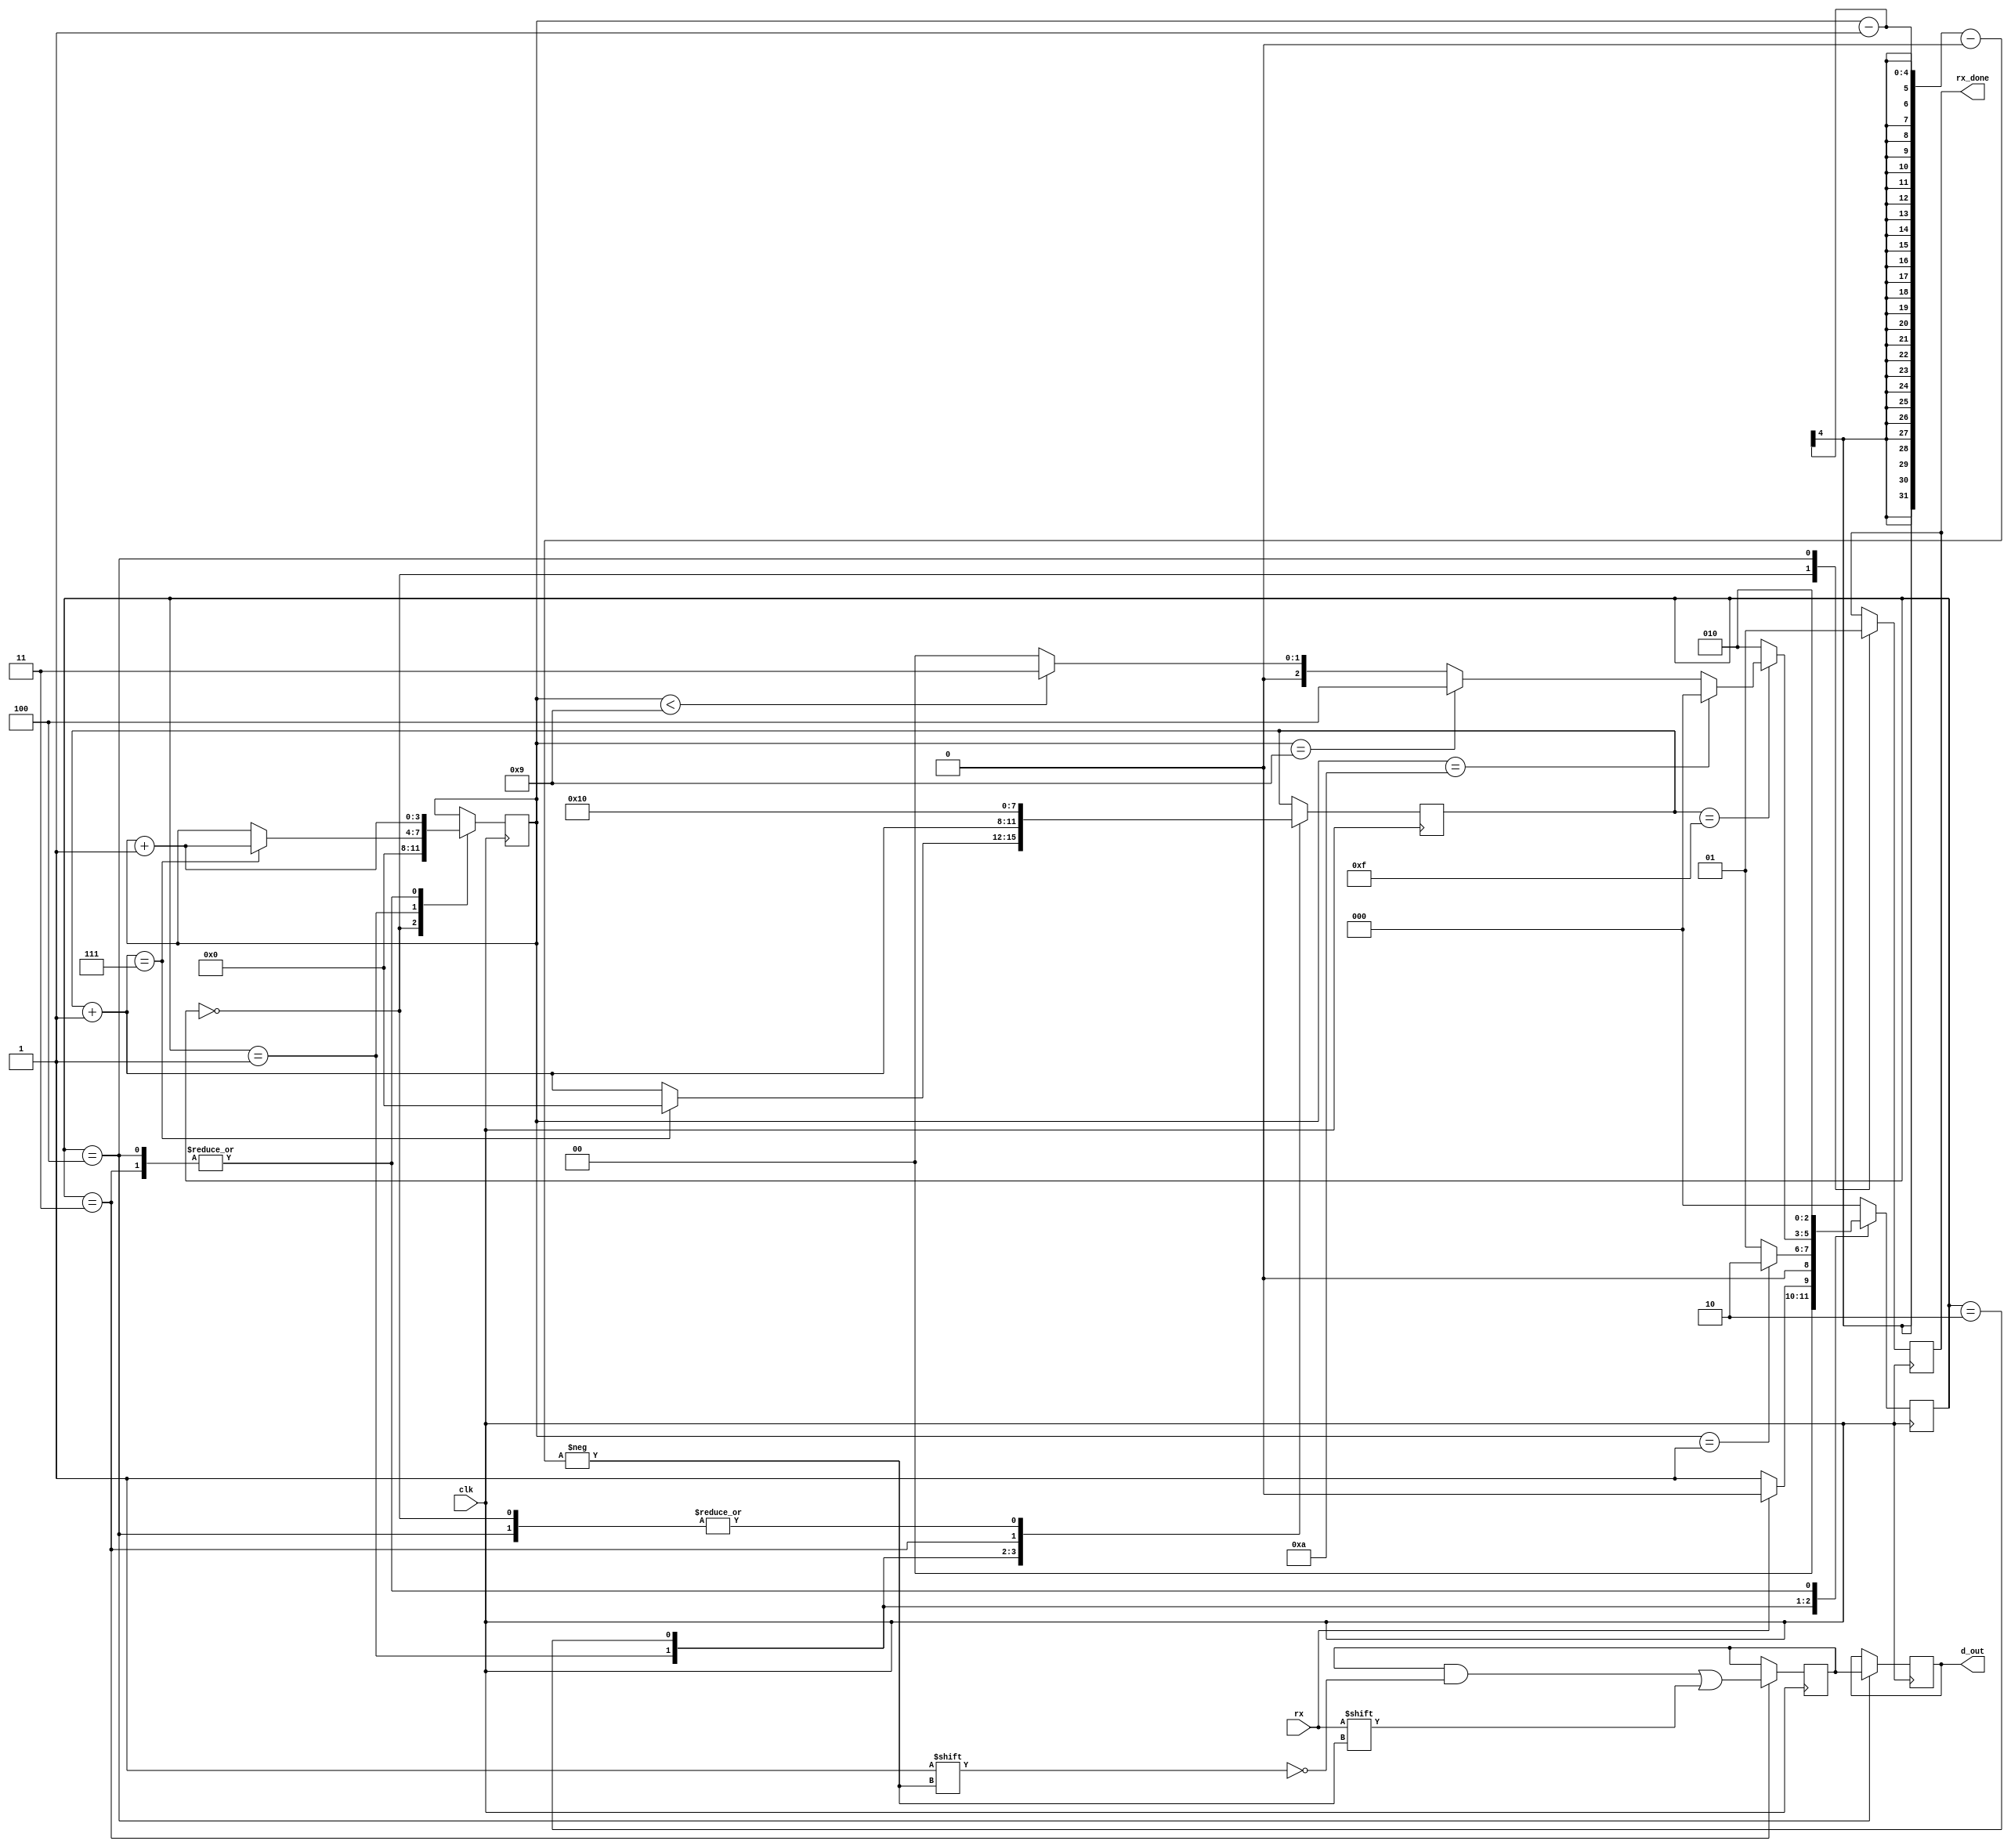
`timescale 1ns / 1ps
//////////////////////////////////////////////////////////////////////////////////
// Company: 
// Engineer: 
// 
// Design Name: 
// Module Name:    UART_RX 
// Project Name: 
// Target Devices: 
// Tool versions: 
// Description: 
//
// Dependencies: 
//
// Revision: 
// Revision 0.01 - File Created
// Additional Comments: 
//
//////////////////////////////////////////////////////////////////////////////////
module UART_RX(
		input wire rx,
		input wire clk,
		output reg [7:0]d_out,
		output reg rx_done
);
		
//Estados
localparam [2:0] IDLE = 3'b000,
					  DESFASO = 3'b001,
					  ESPERO = 3'b010,
					  RECIBO = 3'b011,
					  FIN = 3'b100;
					  
//Variables internas
reg [2:0] current_state = 3'b000;
reg [2:0] next_state = 3'b000;
reg [3:0] n = 0;
reg [3:0] s = 0;
reg [7:0] buffer = 0;

initial
begin
	d_out=0;
	rx_done=0;
end


always @(posedge clk)
begin
		current_state <= next_state;
end

		
always @(posedge clk) // always de logica de salida
begin
	case(current_state)
		IDLE: // estado inicial. Idle
				begin
					rx_done = 0;
					s = 0;
					n = 0;
				end
		DESFASO: // se recibe el bit de start
				begin
					s = s + 1;
					if(s == 7)
					begin
						n = n+1;
						s = 0;
					end
				end
		ESPERO: // se espera incrementando s
				begin
					s = s+1;
				end
		RECIBO: // se guarda el dato en el buffer
				begin
					buffer[n-1] = rx;
					n = n + 1;
					s = 1;
				end
		FIN: // se envia el buffer
				begin
					d_out = buffer;
					rx_done = 1;
					n = n+1;
					s = 0;
				end
	endcase
end//always de logica de salida
	
always @*
begin
	next_state = IDLE;
	case(current_state)
		IDLE:
			begin
				if(rx == 0)
					next_state = DESFASO;
				else
					next_state = IDLE;
			end
		DESFASO:
			begin
				if(n == 1)
					next_state = ESPERO;
				else
					next_state = DESFASO;
			end
		ESPERO:
			begin
			if (s == 15)
			begin
				if(n<9)
					next_state = RECIBO;
				if(n==9)
					next_state = FIN;
				if(n==10)
					next_state = IDLE;
			end
			else
			begin
				next_state = ESPERO;
			end
		end
		RECIBO:
			begin
				next_state = ESPERO;
			end
		FIN:
			begin
				next_state = ESPERO;
			end
	endcase
end //always de logica cambio de estado
	


endmodule